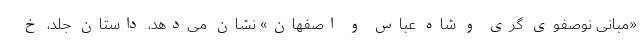
«مبانی نوصفوی گری و شاه عباس و اصفهان» نشان می‌دهد، داستان جلد، خ